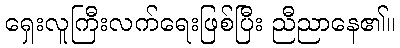
ရှေးလူကြီးလက်ရေးဖြစ်ပြီး ညီညာနေ၏။